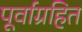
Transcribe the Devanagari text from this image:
पूर्वाग्रहित